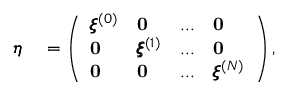
\begin{array} { r l } { \pmb { \eta } } & { { } = \left( \begin{array} { l l l l } { \pmb { \xi } ^ { ( 0 ) } } & { \mathbf { 0 } } & { . . . } & { \mathbf { 0 } } \\ { \mathbf { 0 } } & { \pmb { \xi } ^ { ( 1 ) } } & { . . . } & { \mathbf { 0 } } \\ { \mathbf { 0 } } & { \mathbf { 0 } } & { . . . } & { \pmb { \xi } ^ { ( N ) } } \end{array} \right) , } \end{array}